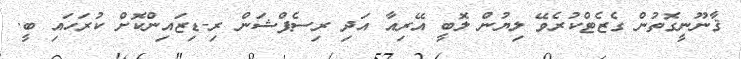
ޤާނޫނީގޮތުން ގެޒެޓްކުރެވޭ ލިޔުން ލޮބީ އޭރިއާ އަދި ރިސެޕްޝަން ރި-ޑިޒައިންކޮށް ކުރަހައި ބީ.